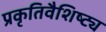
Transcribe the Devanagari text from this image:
प्रकृतिवैशिष्ट्य